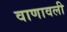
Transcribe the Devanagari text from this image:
वाणावली